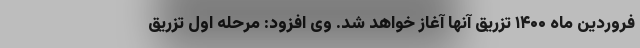
فروردین ماه ۱۴۰۰ تزریق آنها آغاز خواهد شد. وی افزود: مرحله اول تزریق